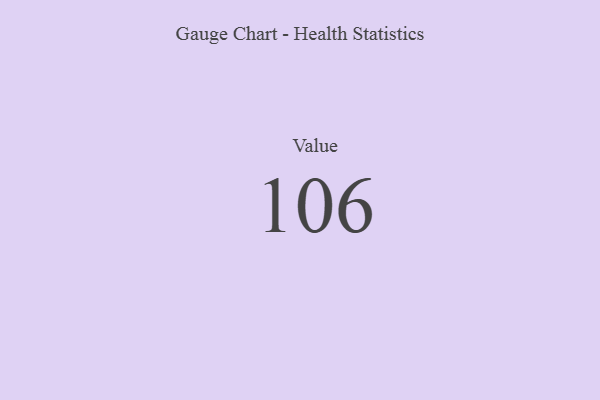
{"axis": {"x": "Metric", "y": "Value"}, "legend": [""], "data": [{"x": "Value", "y": 106, "type": ""}]}